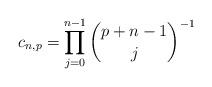
LaTeX: \begin{align*} c_{n,p} = \prod_{j=0}^{n-1} \binom{p+n-1}{j}^{-1}\end{align*}